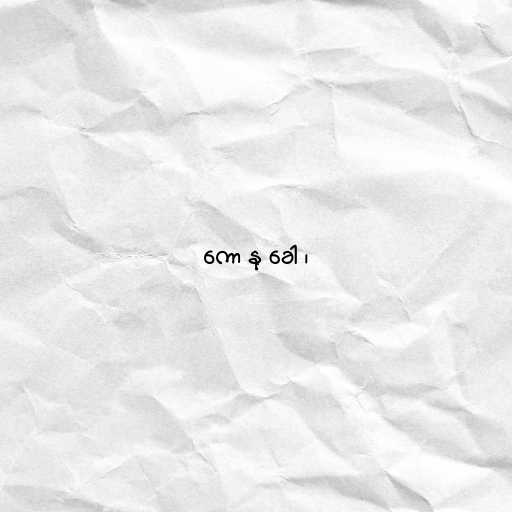
ကော နု ခေါ ၊